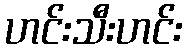
ဟင်းသီးဟင်း